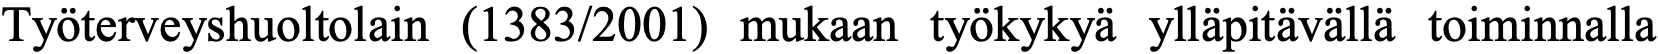
Työterveyshuoltolain (1383/2001) mukaan työkykyä ylläpitävällä toiminnalla